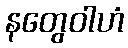
နတွေဝါဟံ